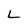
Character: L